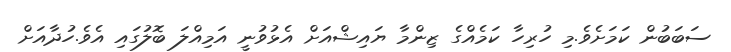
ސަބަބުން ކަމަށެވެ.މި ހުރިހާ ކަމެއްގެ ޒިންމާ ޔައިޝްއަށް އެޅުވުނީ އަމިއްލަ ބޮލުގައި އެވެ.ހުދާއަށް